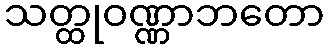
သတ္ထုဝဏ္ဏာဘတော